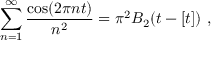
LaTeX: \sum _ { n = 1 } ^ { \infty } { \frac { \cos ( 2 \pi n t ) } { n ^ { 2 } } } = \pi ^ { 2 } B _ { 2 } ( t - [ t ] ) \ ,